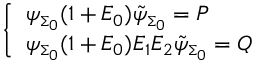
\left\{ \begin{array} { l } { { \psi _ { \scriptscriptstyle \Sigma _ { 0 } } ( 1 + E _ { 0 } ) \tilde { \psi } _ { \scriptscriptstyle \Sigma _ { 0 } } = P } } \\ { { \psi _ { \scriptscriptstyle \Sigma _ { 0 } } ( 1 + E _ { 0 } ) E _ { 1 } E _ { 2 } \tilde { \psi } _ { \scriptscriptstyle \Sigma _ { 0 } } = Q } } \end{array} \right.